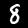
Label: 8